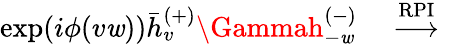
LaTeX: \exp(i\phi(v\mathit{w}))\bar{{h}}_{v}^{(+)}\Gammah_{-\mathit{w}}^{(-)}\quad\stackrel{\mathrm{{RPI}}}{\longrightarrow}\quad